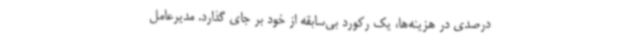
درصدی در هزینه‌ها، یک رکورد بی‌سابقه از خود بر جای گذارد. مدیرعامل